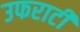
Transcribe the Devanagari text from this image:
उफराटी